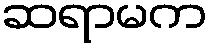
ဆရာမက